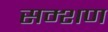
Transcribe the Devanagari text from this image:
सम्शण